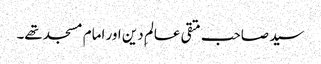
سید صاحب متقی عالمِ دین اور امام مسجد تھے۔